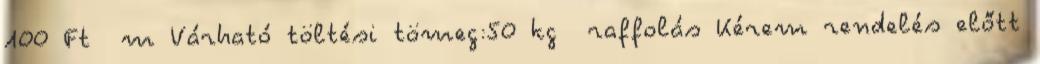
100 Ft m Várható töltési tömeg:50 kg raffolás Kérem rendelés előtt